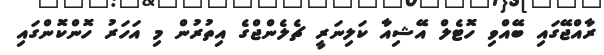
ރާއްޖޭގައި ބޭއްވި ހޮޓެލް އޭޝިއާ ކަލިނަރީ ޗެލެންޖްގެ އިތުރުން މި އަހަރު ހޮންކޮންގައި